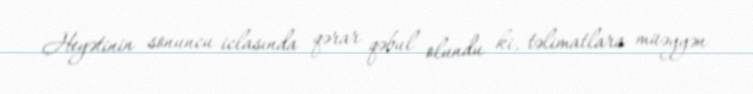
Heyətinin sonuncu iclasında qərar qəbul olundu ki, təlimatlara müəyyən